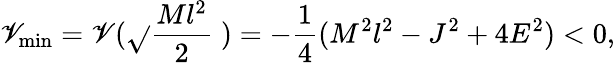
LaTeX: \mathscr{V}_{\mathrm{{min}}}=\mathscr{V}(\sqrt{}{{\frac{{Ml^{2}}}{{2}}}}\; )=-\frac{{1}}{{4}}(M^{2}l^{2}-J^{2}+4E^{2})<0,